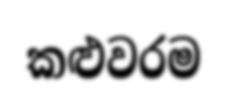
කළුවරම